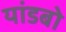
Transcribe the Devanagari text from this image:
यांडबो